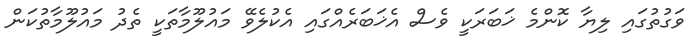
ވަގުތުގައި ލިޔާ ކޮންމެ ޚަބަރަކީ ވެސް އެޚަބަރެއްގައި އެކުލެވޭ މައުލޫމާތަކީ ތެދު މައުލޫމާތުކަން